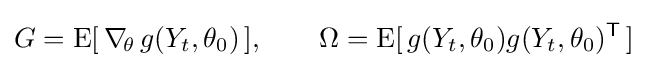
G=\operatorname {E} [\,\nabla _{\!\theta }\,g(Y_{t},\theta _{0})\,],\qquad \Omega =\operatorname {E} [\,g(Y_{t},\theta _{0})g(Y_{t},\theta _{0})^{\mathsf {T}}\,]